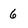
Character: 6